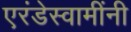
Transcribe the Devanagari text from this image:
एरंडेस्वामींनी